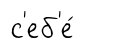
с'еб'е́